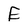
Character: E